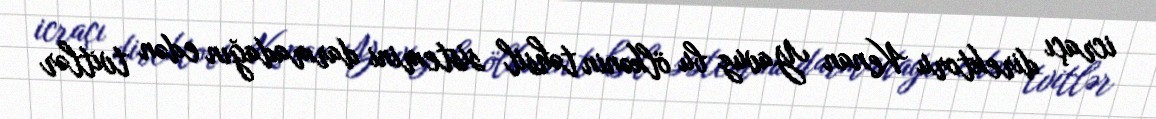
icraçı direktoru Kenan Yavuz bu ölkənin təhsil sistemini darmadağın edən tvitlər